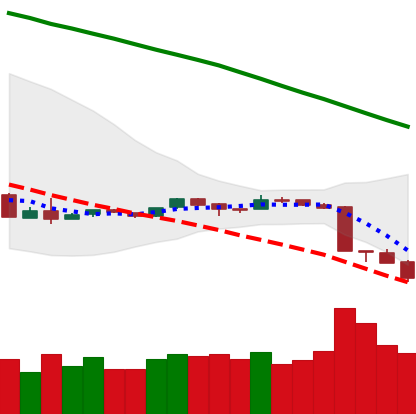
Ticker: ETH-USD
Chart end date: 2018-09-08
Forward return: 6.771%
Label: up_5_7